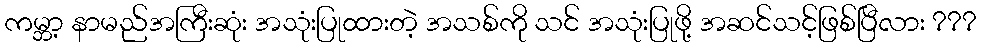
ကမ္ဘာ့ နာမည်အကြီးဆုံး အသုံးပြုထားတဲ့ အသစ်ကို သင် အသုံးပြုဖို့ အဆင်သင့်ဖြစ်ပြီလား ???